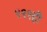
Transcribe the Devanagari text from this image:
९९९ही